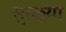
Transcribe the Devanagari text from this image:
सुरळ्या